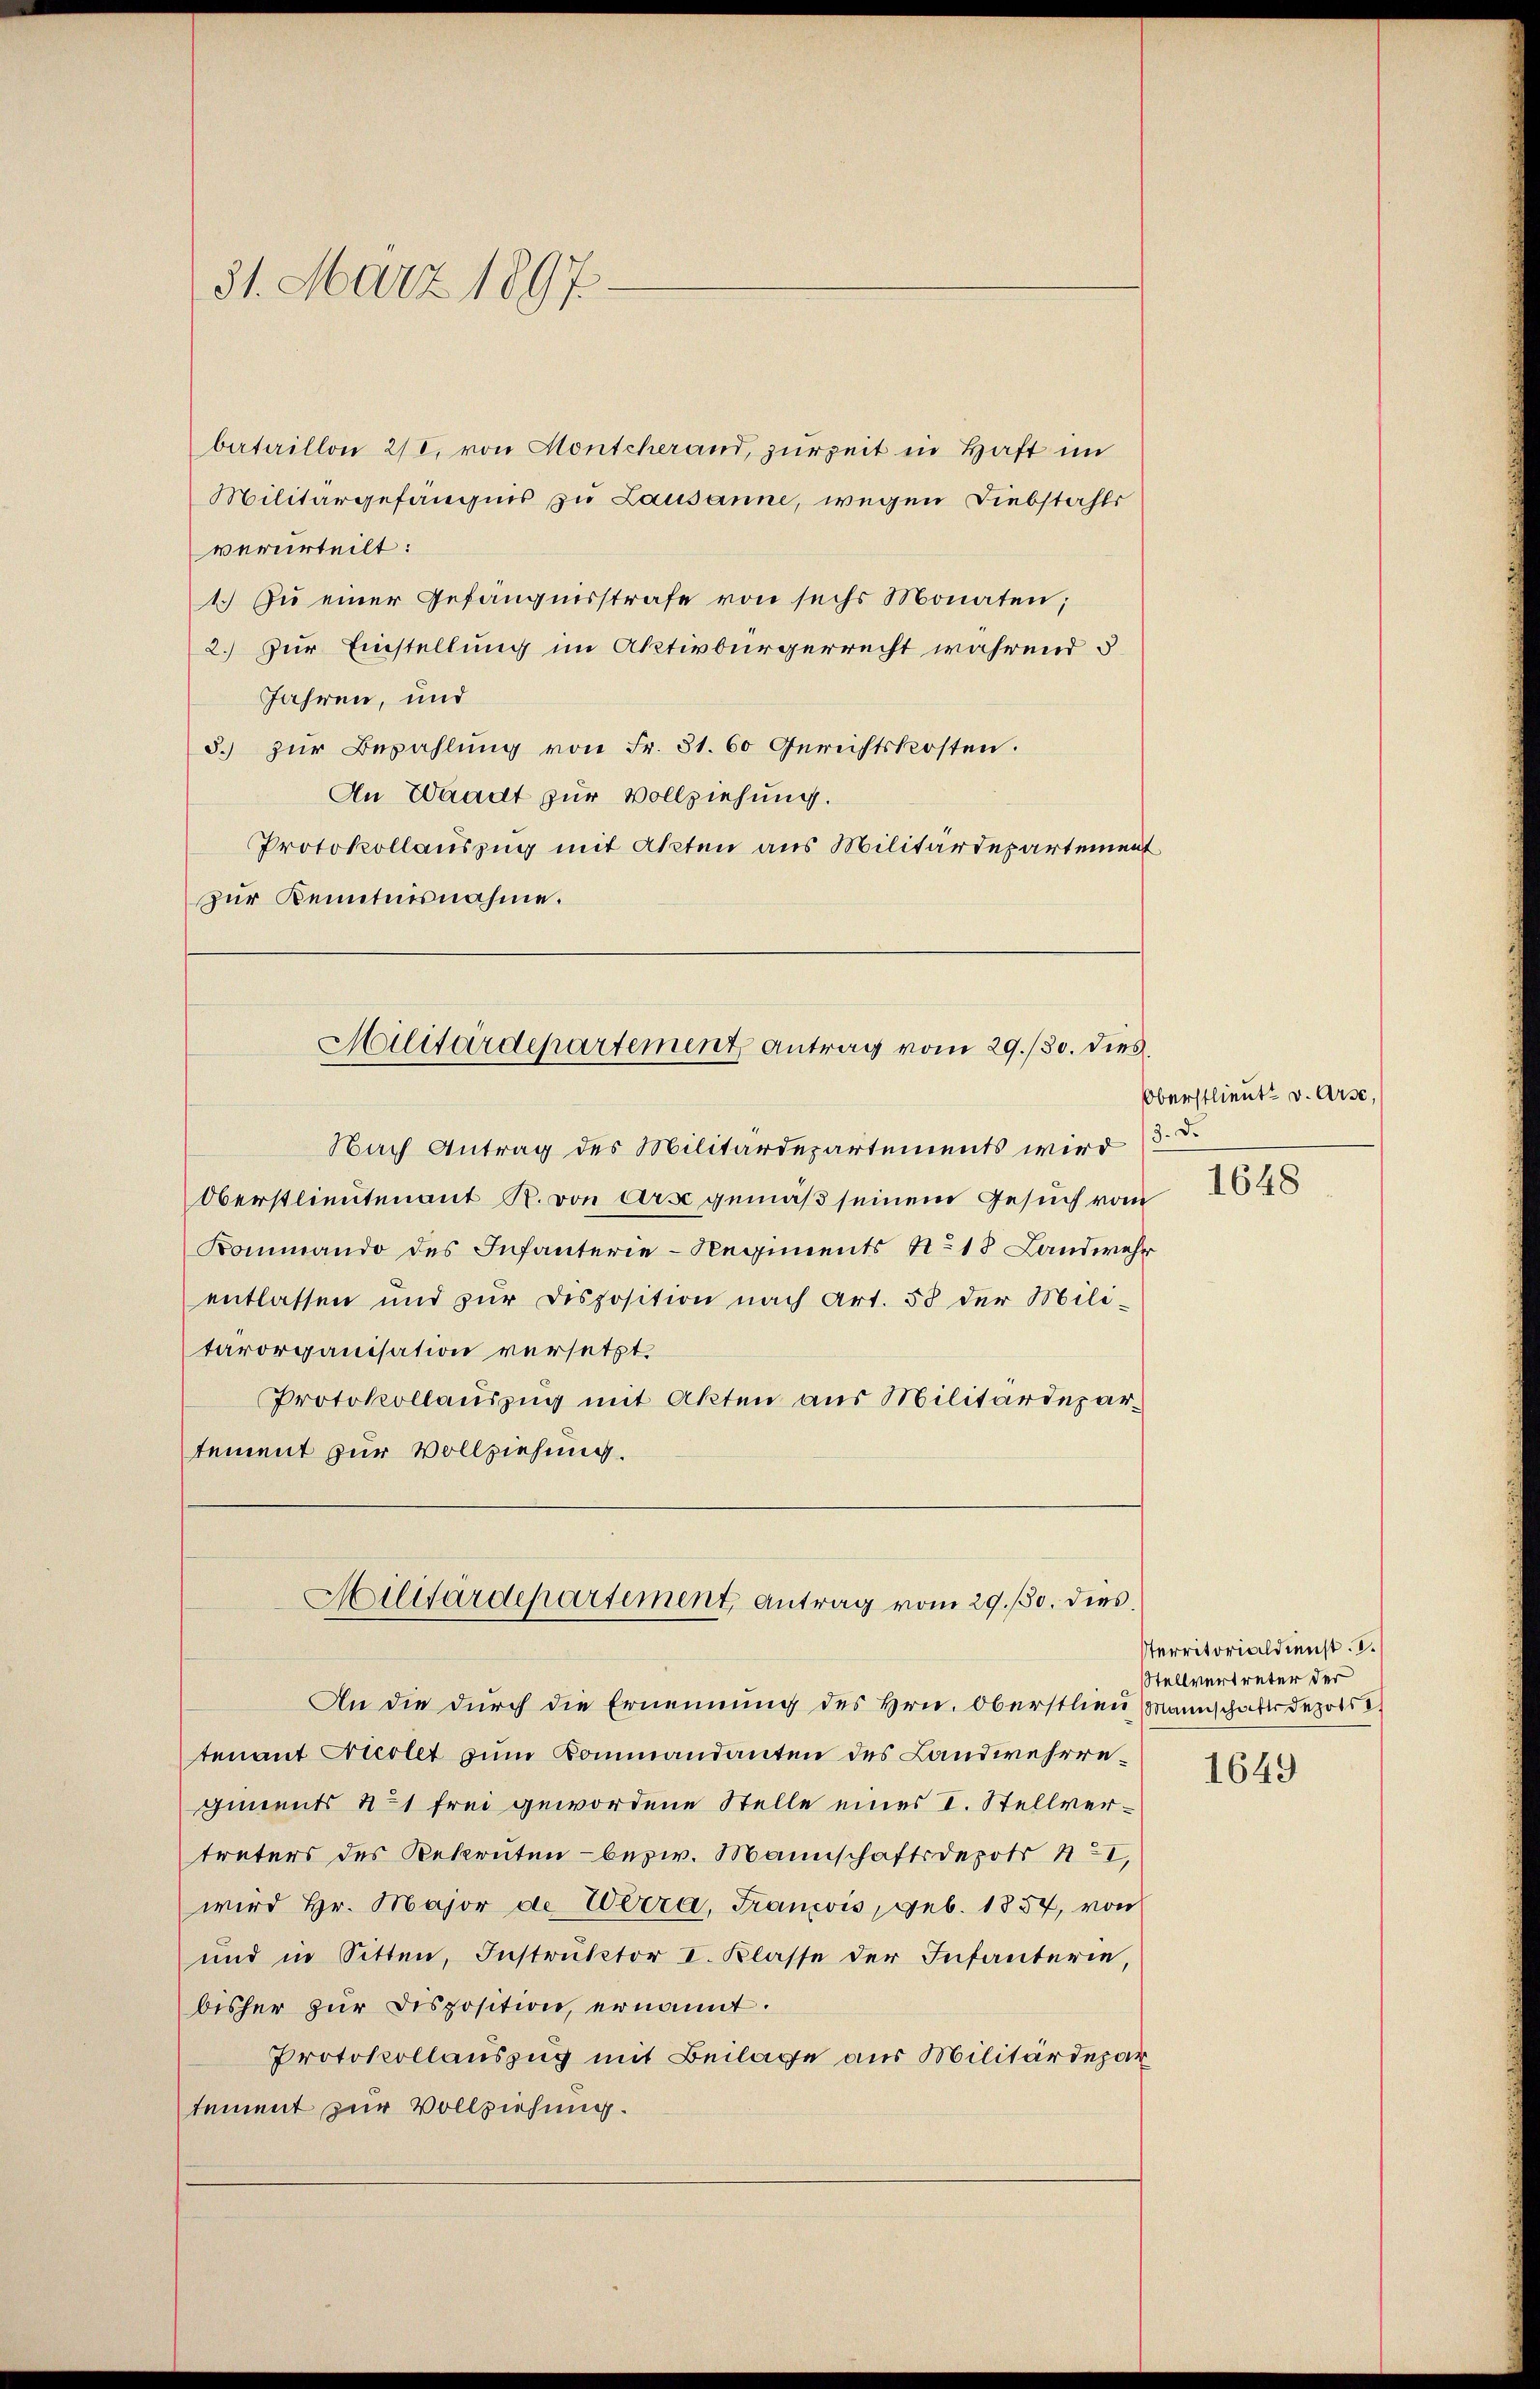
31. März 1897.

bataillon 2/I, von Hontcherand, zurzeit in Haft im
Militärgefängnis zu Lausanne, wegen Diebstahls
verurteilt:
1.) Zu einer Gefängnisstrafe von sechs Monaten;
2.) Zur Einstellung im Aktivbürgerrecht während 5
Jahren, und
5.) Zur Bezahlung von Fr. 31. 60 Gerichtskosten.
An Waadt zur Vollziehung.
Protokollauszug mit Akten aus Militärdepartement
zur Kenntnisnahme.
Militärdepartement Antrag vom 29./30. dies
Nach Antrag des Militärdepartements wird (3. d.
Oberstlieutenant R. von Arse gemäß seinem Gesuch vom
Kommando des Infanterie-Regiments No 18. Landwehr
entlassen und zur Disposition nach Art. 58 der Militärorganisation versetzt.
Protokollauszug mit Akten aus Militärdepartement zur Vollziehung.

An die durch die Ernennung des Hrn. Oberstlieu Mannschaft depotie
tenant Crtiolet zum Kommandanten des Landwehrregiments 41 frei gewordene Stelle eines I. Stellvertreters des Rekruten bezw. Mannschaftsdepots I,
wird Hr. Major de Werra, Francois, geb. 1857, von
und in Sitten, Instruktor I. Klasse der Infanterie,
bisher zur Disposition, ernannt.
Protokollauszug mit Beilage aus Militärdepar
tement zur Vollziehung.

Militärdepartement, antrag vom 29./30. dies

Oberstlieut. v. Arse,

1648

territorialdienst. I.
Stellvertreter der

1649